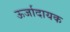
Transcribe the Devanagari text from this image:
ऊर्जादायक